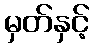
မှတ်နှင့်